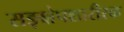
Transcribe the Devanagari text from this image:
सङ्क्षेपशारीरक